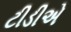
ટીડીએ